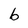
Character: b